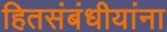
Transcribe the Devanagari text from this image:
हितसंबंधीयांना